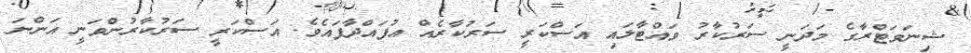
ޝިނަވަޓްރާގެ މަދަނީ ސަރުކާރު ވައްޓާލައި އަސްކަރީ ސަރުކާރެއް އުފައްދާފައެވެ. އަސްކަރީ ސަރުކާރުންވަނީ އަންނަ